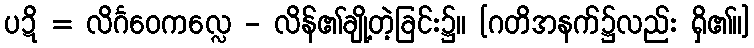
ပဍိ = လိင်္ဂဝေကလ္လေ - လိန်၏ချို့တဲ့ခြင်း၌။ [ဂတိအနက်၌လည်း ရှိ၏။]